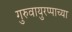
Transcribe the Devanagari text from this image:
गुरुवायुरप्पाच्या